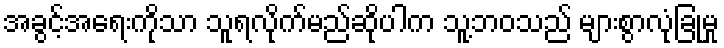
အခွင့်အရေးကိုသာ သူရလိုက်မည်ဆိုပါက သူ့ဘဝသည် များစွာလုံခြုံမှု